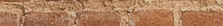
بيع وشراء الزهور الطازجة: